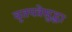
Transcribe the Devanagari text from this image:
वृतपत्रेसुद्धा